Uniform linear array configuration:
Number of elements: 16
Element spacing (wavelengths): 0.25
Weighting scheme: cosine
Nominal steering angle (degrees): -30
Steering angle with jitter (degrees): -31.316
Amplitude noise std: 0.05
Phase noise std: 0.05

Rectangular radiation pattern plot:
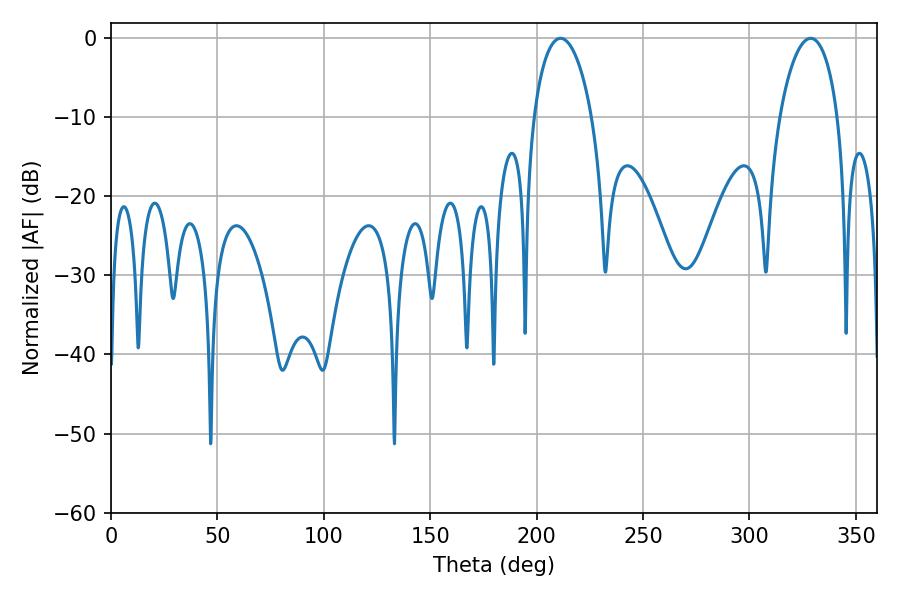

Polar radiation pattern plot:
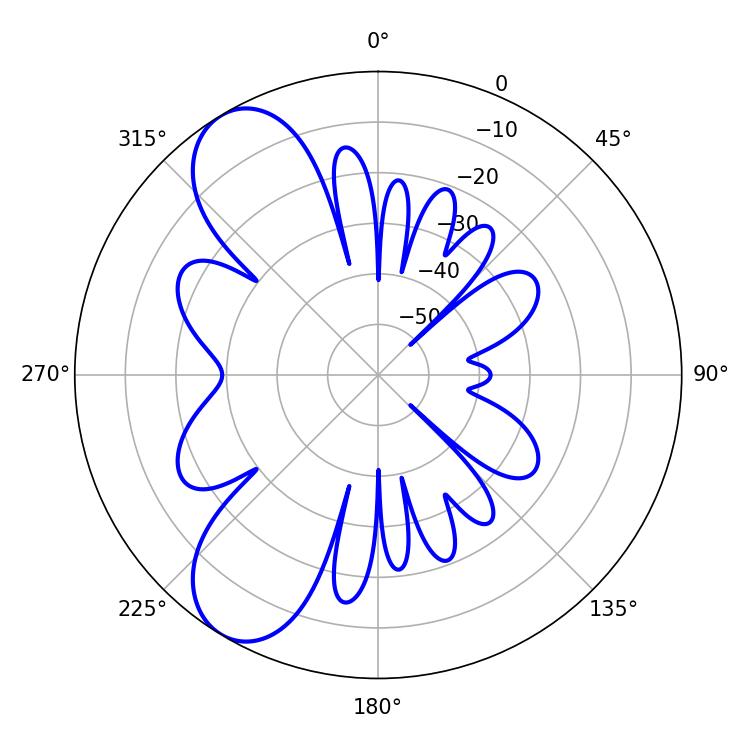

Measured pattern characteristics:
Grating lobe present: FALSE
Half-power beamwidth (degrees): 15.66
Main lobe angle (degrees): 211.32